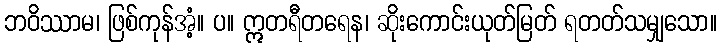
ဘဝိဿာမ၊ ဖြစ်ကုန်အံ့။ ပ။ ဣတရီတရေန၊ ဆိုးကောင်းယုတ်မြတ် ရတတ်သမျှသော။